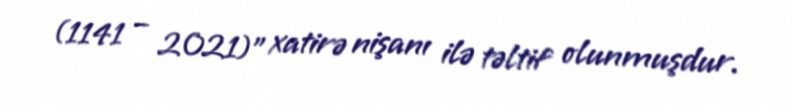
(1141 – 2021)" xatirə nişanı ilə təltif olunmuşdur.